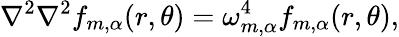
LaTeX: \nabla^{2}\nabla^{2}f_{m,\alpha}(r,\theta)=\omega_{m,\alpha}^{4}f_{m,\alpha}(r,\theta),